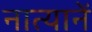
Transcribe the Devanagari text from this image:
नात्यानें